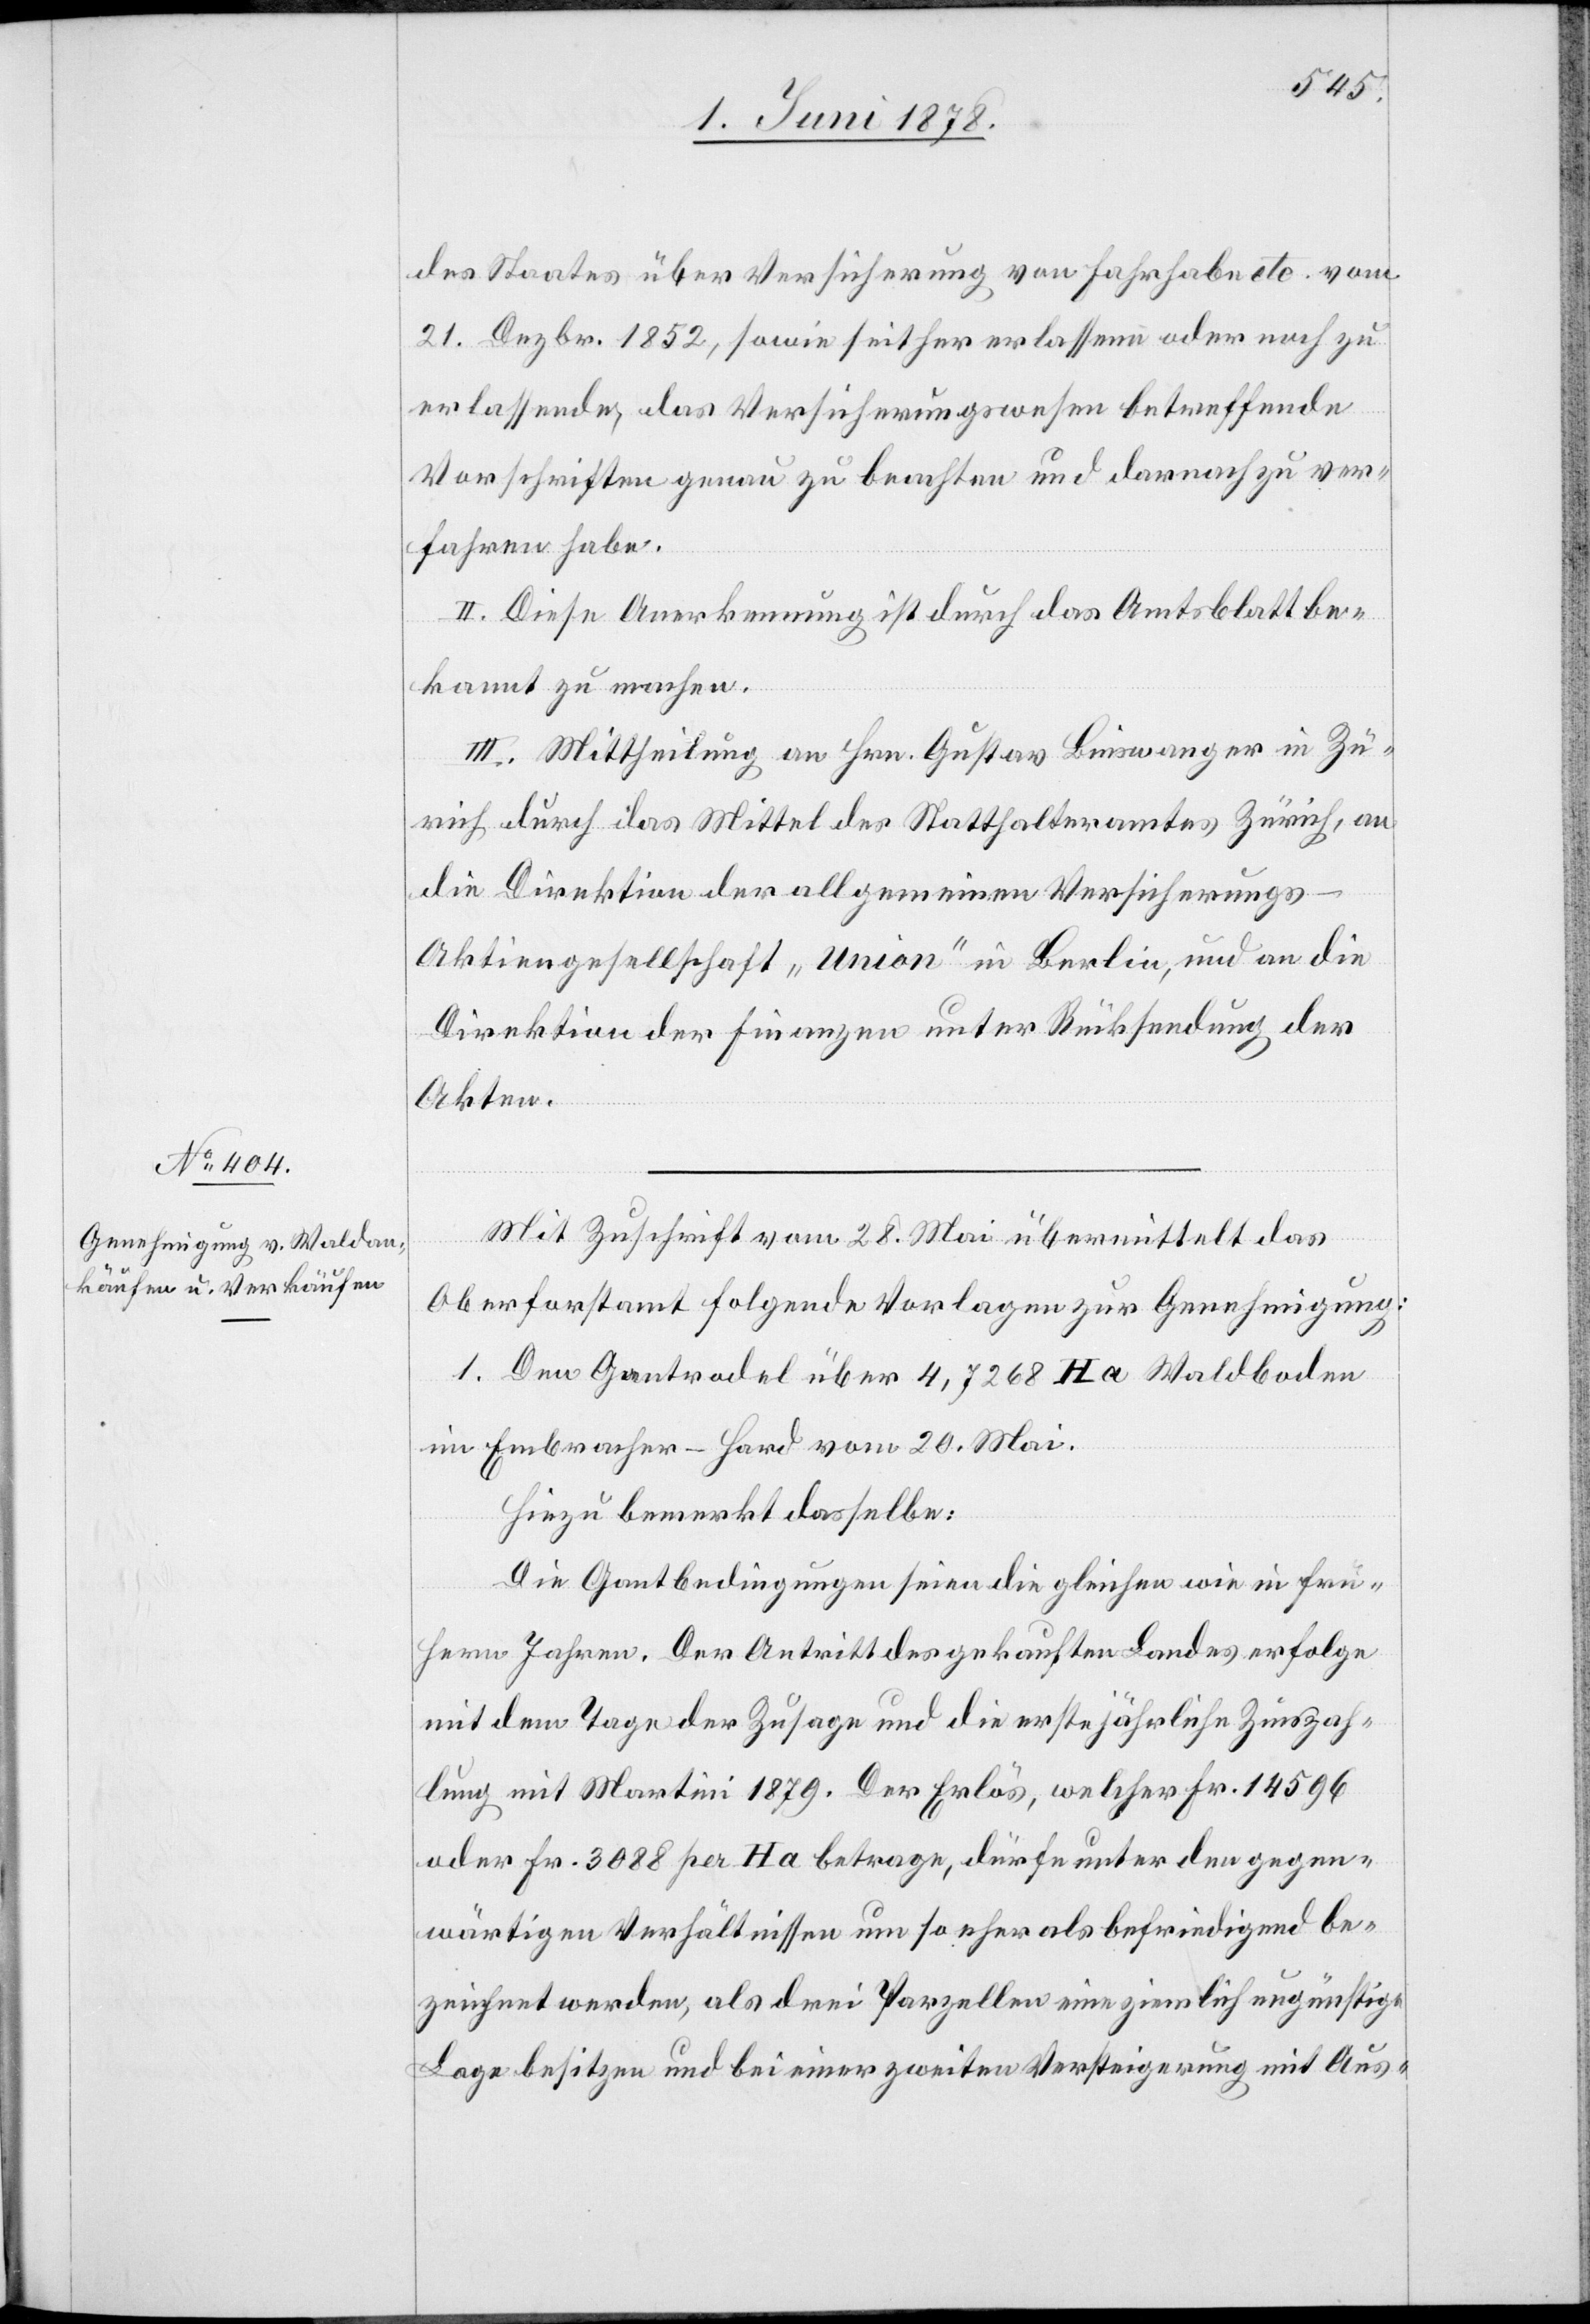
des Staates über Versicherung von Fahrhabe etc. vom
21. Dezbr. 1852, sowie seither erlassene oder noch zu
erlassende, das Versicherungswesen betreffende
Vorschriften genau zu beachten und darnach zu ver¬
fahren habe.
II. Diese Anerkennung ist durch das Amtsblatt be¬
kannt zu machen.
III. Mittheilung an Hrn. Gustav Binswanger in Zü¬
rich durch das Mittel des Statthalteramtes Zürich, an
die Direktion der allgemeinen Versicherungs-A¬
ktiengesellschaft „Union“ in Berlin, und an die
Direktion der Finanzen unter Rücksendung der
Akten.
Mit Zuschrift vom 28. Mai übermittelt das
Oberforstamt folgende Vorlagen zur Genehmigung:
1. Den Gantrodel über 4,7268 Ha Waldboden
im Embracher-Hard vom 20. Mai.
Hiezu bemerkt dasselbe:
Die Gantbedingungen seien die gleichen wie in frü¬
hern Jahren. Der Antritt des gekauften Landes erfolge
mit dem Tage der Zusage und die erste jährliche Zinszah¬
lung mit Martini 1879. Der Erlös, welcher Fr. 14596
oder Fr. 3088 per Ha betrage, dürfe unter den gegen¬
wärtigen Verhältnissen um so eher als befriedigend be¬
zeichnet werden, als drei Parzellen eine zinslich ungünstige
Lage besitzen und bei einer zweiten Versteigerung mit Aus-